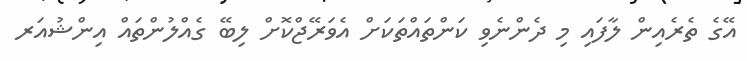
އޭގެ ތެރެއިން ލާފައި މި ދެންނެވި ކަންތައްތަކަށް އެވަރޭޖްކޮށް ލިބޭ ގެއްލުންތައް އިންޝުއަރ